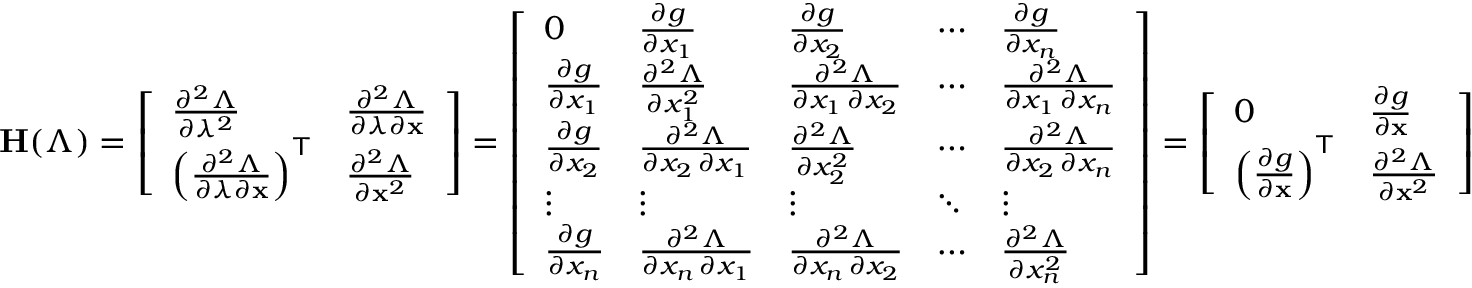
\mathbf { H } ( \Lambda ) = { \left[ \begin{array} { l l } { { \frac { \partial ^ { 2 } \Lambda } { \partial \lambda ^ { 2 } } } } & { { \frac { \partial ^ { 2 } \Lambda } { \partial \lambda \partial \mathbf { x } } } } \\ { \left( { \frac { \partial ^ { 2 } \Lambda } { \partial \lambda \partial \mathbf { x } } } \right) ^ { \mathsf { T } } } & { { \frac { \partial ^ { 2 } \Lambda } { \partial \mathbf { x } ^ { 2 } } } } \end{array} \right] } = { \left[ \begin{array} { l l l l l } { 0 } & { { \frac { \partial g } { \partial x _ { 1 } } } } & { { \frac { \partial g } { \partial x _ { 2 } } } } & { \cdots } & { { \frac { \partial g } { \partial x _ { n } } } } \\ { { \frac { \partial g } { \partial x _ { 1 } } } } & { { \frac { \partial ^ { 2 } \Lambda } { \partial x _ { 1 } ^ { 2 } } } } & { { \frac { \partial ^ { 2 } \Lambda } { \partial x _ { 1 } \, \partial x _ { 2 } } } } & { \cdots } & { { \frac { \partial ^ { 2 } \Lambda } { \partial x _ { 1 } \, \partial x _ { n } } } } \\ { { \frac { \partial g } { \partial x _ { 2 } } } } & { { \frac { \partial ^ { 2 } \Lambda } { \partial x _ { 2 } \, \partial x _ { 1 } } } } & { { \frac { \partial ^ { 2 } \Lambda } { \partial x _ { 2 } ^ { 2 } } } } & { \cdots } & { { \frac { \partial ^ { 2 } \Lambda } { \partial x _ { 2 } \, \partial x _ { n } } } } \\ { \vdots } & { \vdots } & { \vdots } & { \ddots } & { \vdots } \\ { { \frac { \partial g } { \partial x _ { n } } } } & { { \frac { \partial ^ { 2 } \Lambda } { \partial x _ { n } \, \partial x _ { 1 } } } } & { { \frac { \partial ^ { 2 } \Lambda } { \partial x _ { n } \, \partial x _ { 2 } } } } & { \cdots } & { { \frac { \partial ^ { 2 } \Lambda } { \partial x _ { n } ^ { 2 } } } } \end{array} \right] } = { \left[ \begin{array} { l l } { 0 } & { { \frac { \partial g } { \partial \mathbf { x } } } } \\ { \left( { \frac { \partial g } { \partial \mathbf { x } } } \right) ^ { \mathsf { T } } } & { { \frac { \partial ^ { 2 } \Lambda } { \partial \mathbf { x } ^ { 2 } } } } \end{array} \right] }